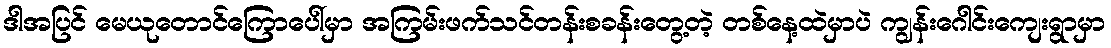
ဒါအပြင် မေယုတောင်ကြောပေါ်မှာ အကြမ်းဖက်သင်တန်းစခန်းတွေ့တဲ့ တစ်နေ့ထဲမှာပဲ ကျွန်းဂေါင်းကျေးရွာမှာ